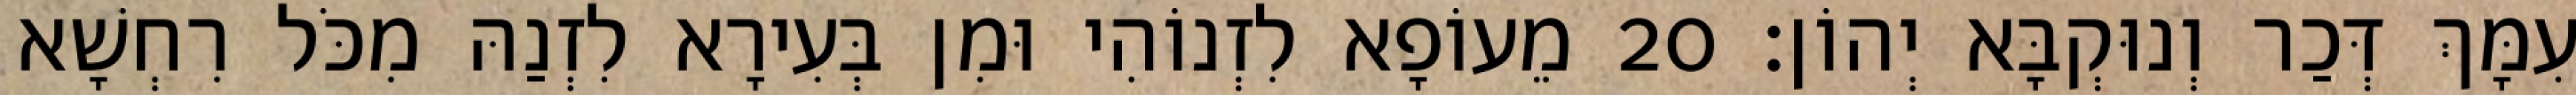
עִמָּךְ דְּכַר וְנוּקְבָּא יְהוֹן׃ 20 מֵעוֹפָא לִזְנוֹהִי וּמִן בְּעִירָא לִזְנַהּ מִכֹּל רִחְשָׁא